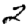
Digit: 2